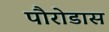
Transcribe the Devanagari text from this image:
पौरोडास